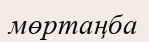
мөртаңба